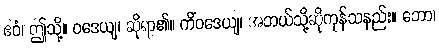
ဧဝံ၊ ဤသို့။ ဝဒေယျ၊ ဆိုရာ၏။ ကိံဝဒေယျ၊ အဘယ်သို့ဆိုကုန်သနည်း။ ဘော၊